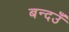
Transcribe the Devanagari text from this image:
बन्दउँ